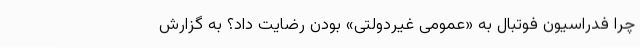
چرا فدراسیون فوتبال به «عمومی غیردولتی» بودن رضایت داد؟ به گزارش